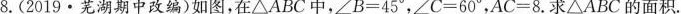
8.(2019·芜湖期中改编)如图，在△A B C中，$$∠B=45°，∠C=60°，A C=8$$.求△ABC的面积。